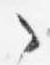
之